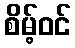
စိမ့်ဝင်